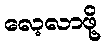
လေ့လာဖို့